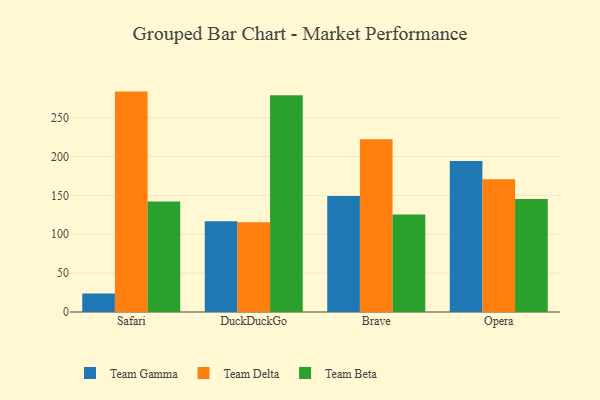
{"axis": {"x": "Browser", "y": "Budget (USD K)"}, "legend": ["Team Beta", "Team Delta", "Team Gamma"], "data": [{"x": "Safari", "y": 23.8, "type": "Team Gamma"}, {"x": "Safari", "y": 283.4, "type": "Team Delta"}, {"x": "Safari", "y": 142.1, "type": "Team Beta"}, {"x": "DuckDuckGo", "y": 116.8, "type": "Team Gamma"}, {"x": "DuckDuckGo", "y": 115.5, "type": "Team Delta"}, {"x": "DuckDuckGo", "y": 278.8, "type": "Team Beta"}, {"x": "Brave", "y": 149.2, "type": "Team Gamma"}, {"x": "Brave", "y": 222.0, "type": "Team Delta"}, {"x": "Brave", "y": 125.5, "type": "Team Beta"}, {"x": "Opera", "y": 194.3, "type": "Team Gamma"}, {"x": "Opera", "y": 170.8, "type": "Team Delta"}, {"x": "Opera", "y": 145.2, "type": "Team Beta"}]}